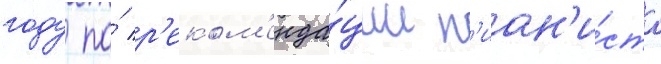
году по́ р'еком'енда́ции п'иан'и́ста